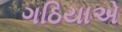
ગઠિયાએ